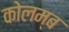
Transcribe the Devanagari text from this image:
कोलम्ब